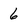
Character: 6